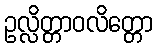
ဥလ္လိတ္တာဝလိတ္တော